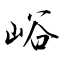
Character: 峪